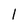
Character: l